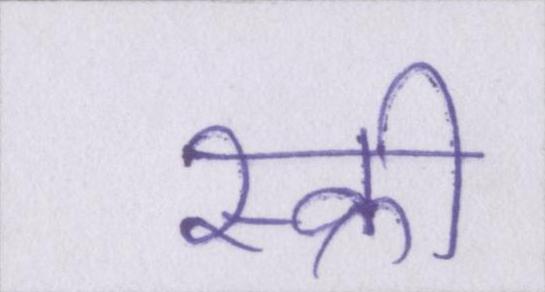
स्क्री